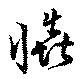
忡